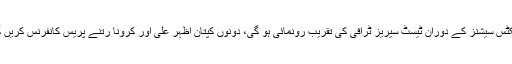
پریکٹس سیشنز کے دوران ٹیسٹ سیریز ٹرافی کی تقریب رونمائی ہو گی، دونوں کپتان اظہر علی اور کرونا رتنے پریس کانفرنس کریں گے۔